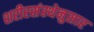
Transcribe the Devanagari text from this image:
शरीरसंस्थेनुसार